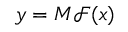
\boldsymbol { y } = \boldsymbol { M } \mathscr { F } ( \boldsymbol { x } )